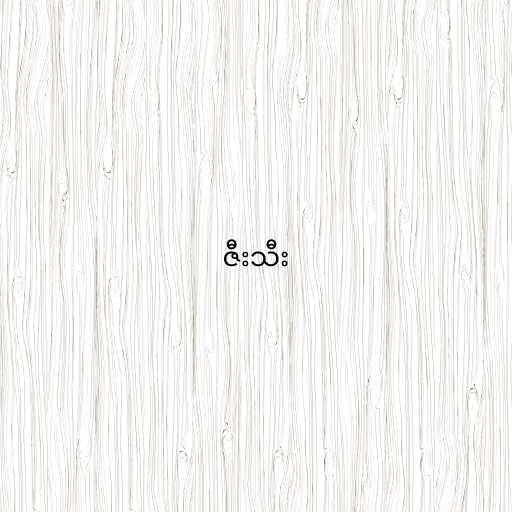
ဇီးသီး